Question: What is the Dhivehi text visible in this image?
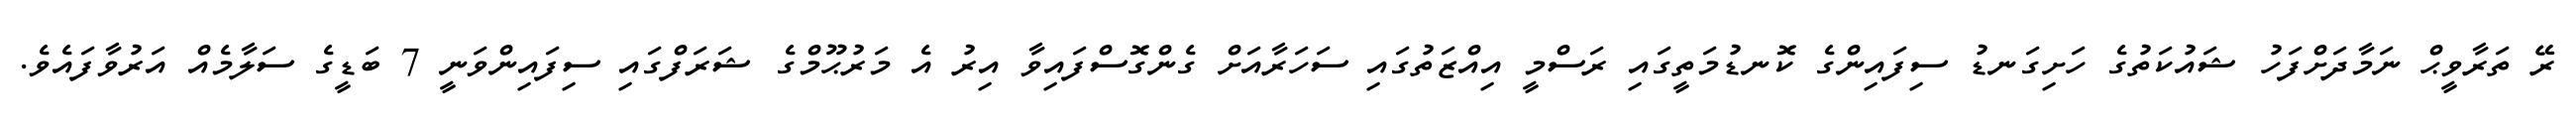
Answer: ރޭ ތަރާވީޙް ނަމާދަށްފަހު ޝައުކަތުގެ ހަށިގަނޑު ސިފައިންގެ ކޮނޑުމަތީގައި ރަސްމީ އިއްޒަތުގައި ސަހަރާއަށް ގެންގޮސްފައިވާ އިރު އެ މަރުޙޫމްގެ ޝަރަފްގައި ސިފައިންވަނީ 7 ބަޑީގެ ސަލާމެއް އަރުވާފައެވެ.